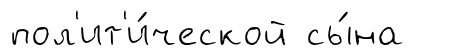
пол'ит'и́ческой сы́на